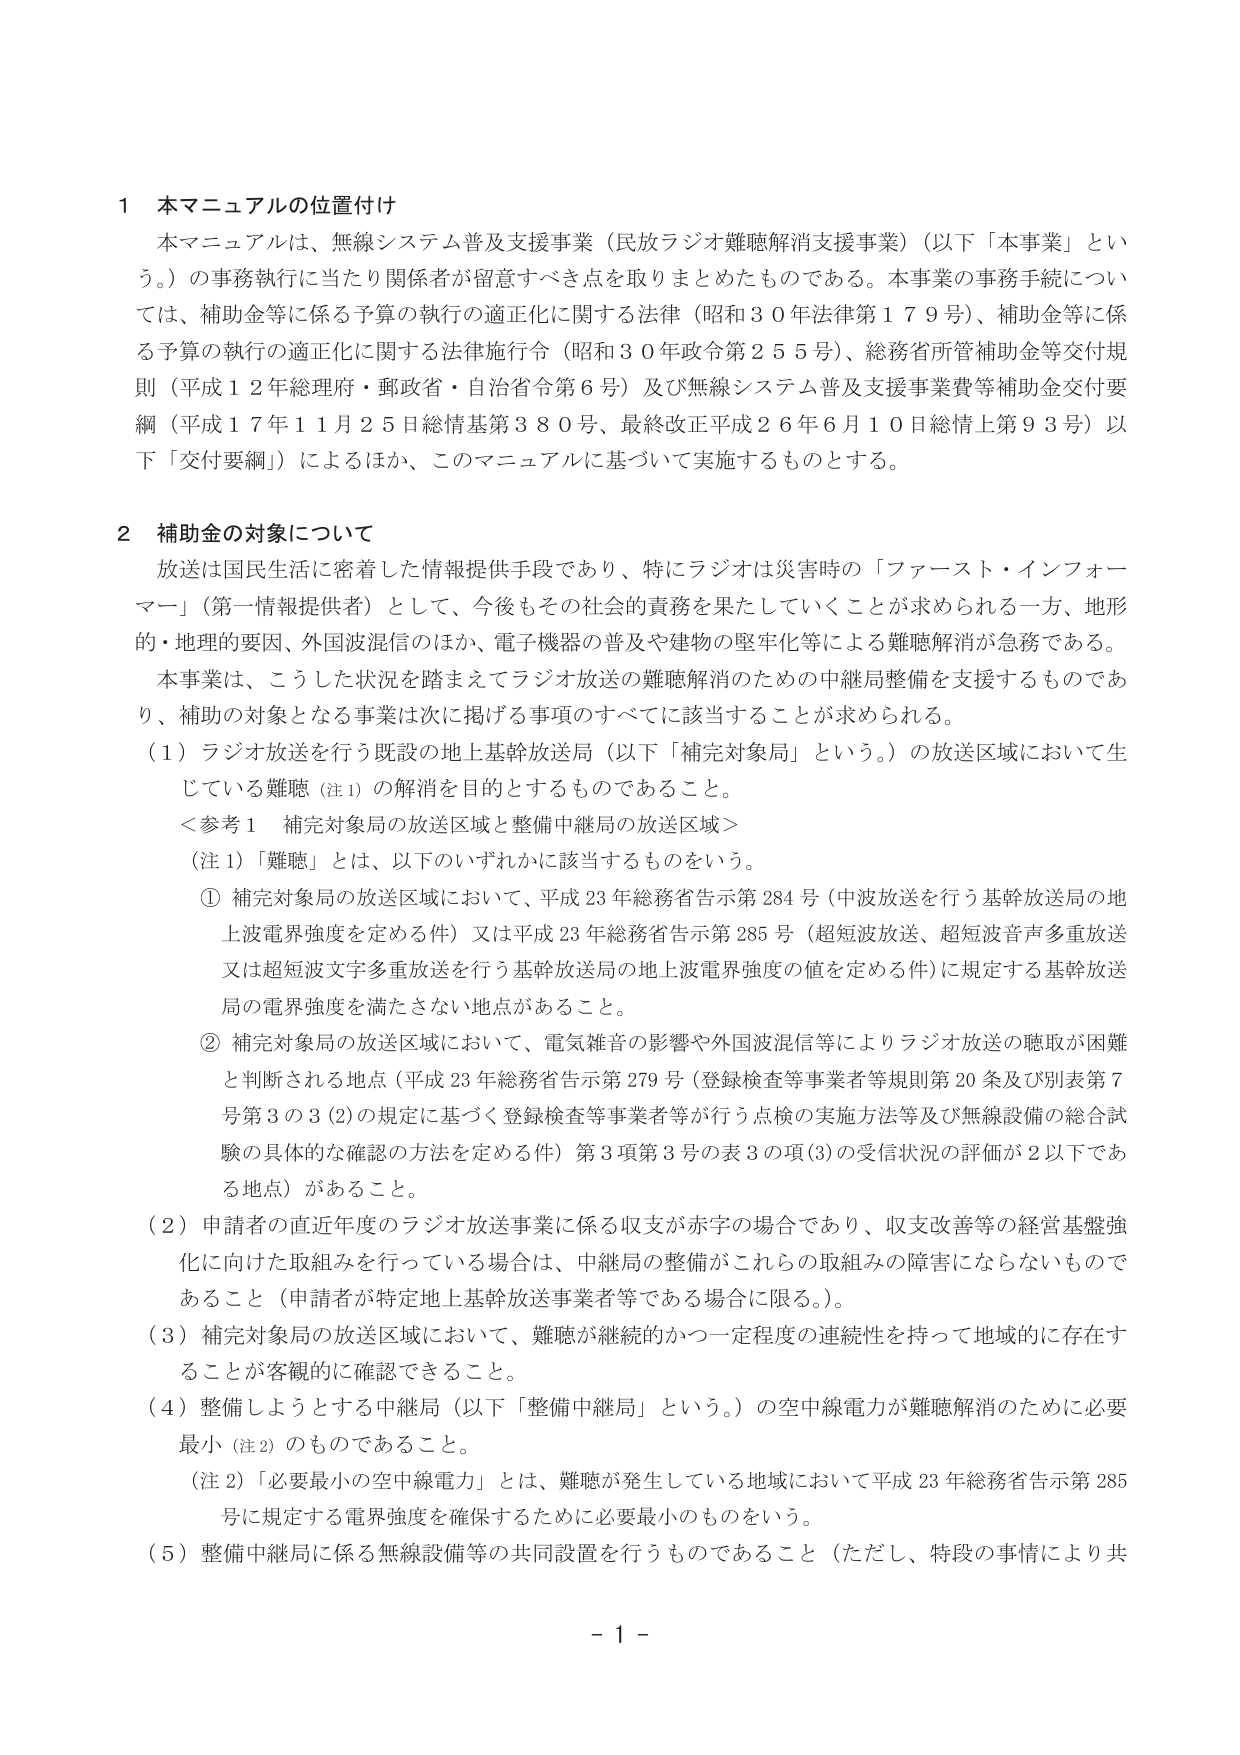
1 本マニュアルの位置付け
本マニュアルは、無線システム普及支援事業（民放ラジオ難聴解消支援事業）（以下「本事業」という。）の事務執行に当たり関係者が留意すべき点を取りまとめたものである。本事業の事務手続については、補助金等に係る予算の執行の適正化に関する法律（昭和30年法律第179号）、補助金等に係る予算の執行の適正化に関する法律施行令（昭和30年政令第255号）、総務省所管補助金等交付規則（平成12年総務府・郵政省・自治省令第6号）及び無線システム普及支援事業費等補助金交付要綱（平成17年1月25日総情基第380号、最終改正平成26年6月10日総情上第93号）以下「交付要綱」）によるほか、このマニュアルに基づいて実施するものとする。

2 補助金の対象について
放送は国民生活に密着した情報提供手段であり、特にラジオは災害時の「ファースト・インフォーマー」（第一情報提供者）として、今後もその社会的責務を果たしていくことが求められる一方、地形的・地理的要因、外国波混信のほか、電子機器の普及や建物の堅牢化等による難聴解消が急務である。
本事業は、こうした状況を踏まえてラジオ放送の難聴解消のための中継局整備を支援するものであり、補助の対象となる事業は次に掲げる事項のすべてに該当することが求められる。
（1）ラジオ放送を行う既設の地上基幹放送局（以下「補完対象局」という。）の放送区域において生じている難聴（注1）の解消を目的とするものであること。
＜参考1 補完対象局の放送区域と整備中継局の放送区域＞
（注1）「難聴」とは、以下のいずれかに該当するものをいう。
① 補完対象局の放送区域において、平成23年総務省告示第284号（中波放送を行う基幹放送局の地上波電界強度を定める件）又は平成23年総務省告示第285号（超短波放送、超短波音声多重放送又は超短波文字多重放送を行う基幹放送局の地上波電界強度の値を定める件）に規定する基幹放送局の電界強度を満たさない地点があること。
② 補完対象局の放送区域において、電気雑音の影響や外国波混信等によりラジオ放送の聴取が困難と判断される地点（平成23年総務省告示第279号（登録検査等事業者等規則第20条及び別表第7号第3の3(2)の規定に基づく登録検査等事業者等が行う点検の実施方法等及び無線設備の総合試験の具体的な確認の方法を定める件）第3項第3号の表3の項(3)の受信状況の評価が2以下である地点）があること。
（2）申請者の直近年度のラジオ放送事業に係る収支が赤字の場合であり、収支改善等の経営基盤強化に向けた取組みを行っている場合は、中継局の整備がこれらの取組みの障害にならないものであること（申請者が特定地上基幹放送事業者等である場合に限る。）。
（3）補完対象局の放送区域において、難聴が継続的かつ一定程度の連続性を持って地域的に存在することが客観的に確認できること。
（4）整備しようとする中継局（以下「整備中継局」という。）の空中線電力が難聴解消のために必要最小（注2）のものであること。
（注2）「必要最小の空中線電力」とは、難聴が発生している地域において平成23年総務省告示第285号に規定する電界強度を確保するために必要最小のものをいう。
（5）整備中継局に係る無線設備等の共同設置を行うものであること（ただし、特段の事情により共

- 1 -